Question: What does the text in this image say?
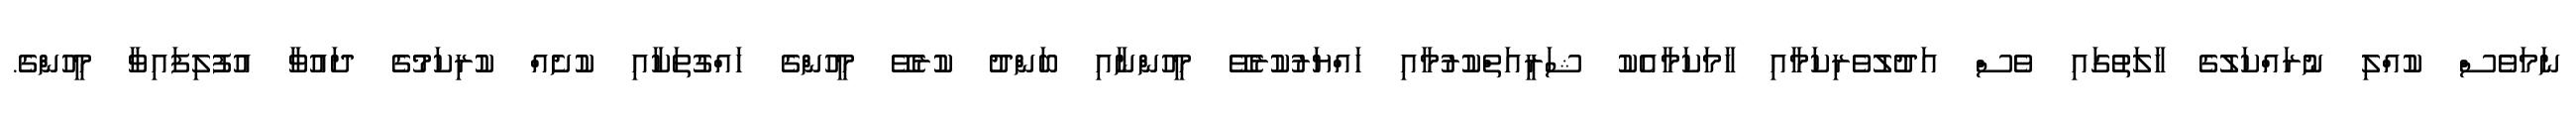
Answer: ނަމަވެސް ކުއްލި ނުރައްކަލުގެ ހާލަތުގައި ވެސް އަދުލުވެރިކަމާއި ހާމަކަމާއެކު ޝަރީއަތްކުރުމާއި ހައްޔަރުކުރެވޭ މީހުންނާއި ބަންދު ކުރެވޭ މީހުންގެ ހައްގުތަކާއި ކުށެއް ކުރިކަމުގެ ދައުވާ އުފުލިފައިވާ މީހުންގެ.